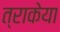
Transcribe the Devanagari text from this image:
त्राकेया